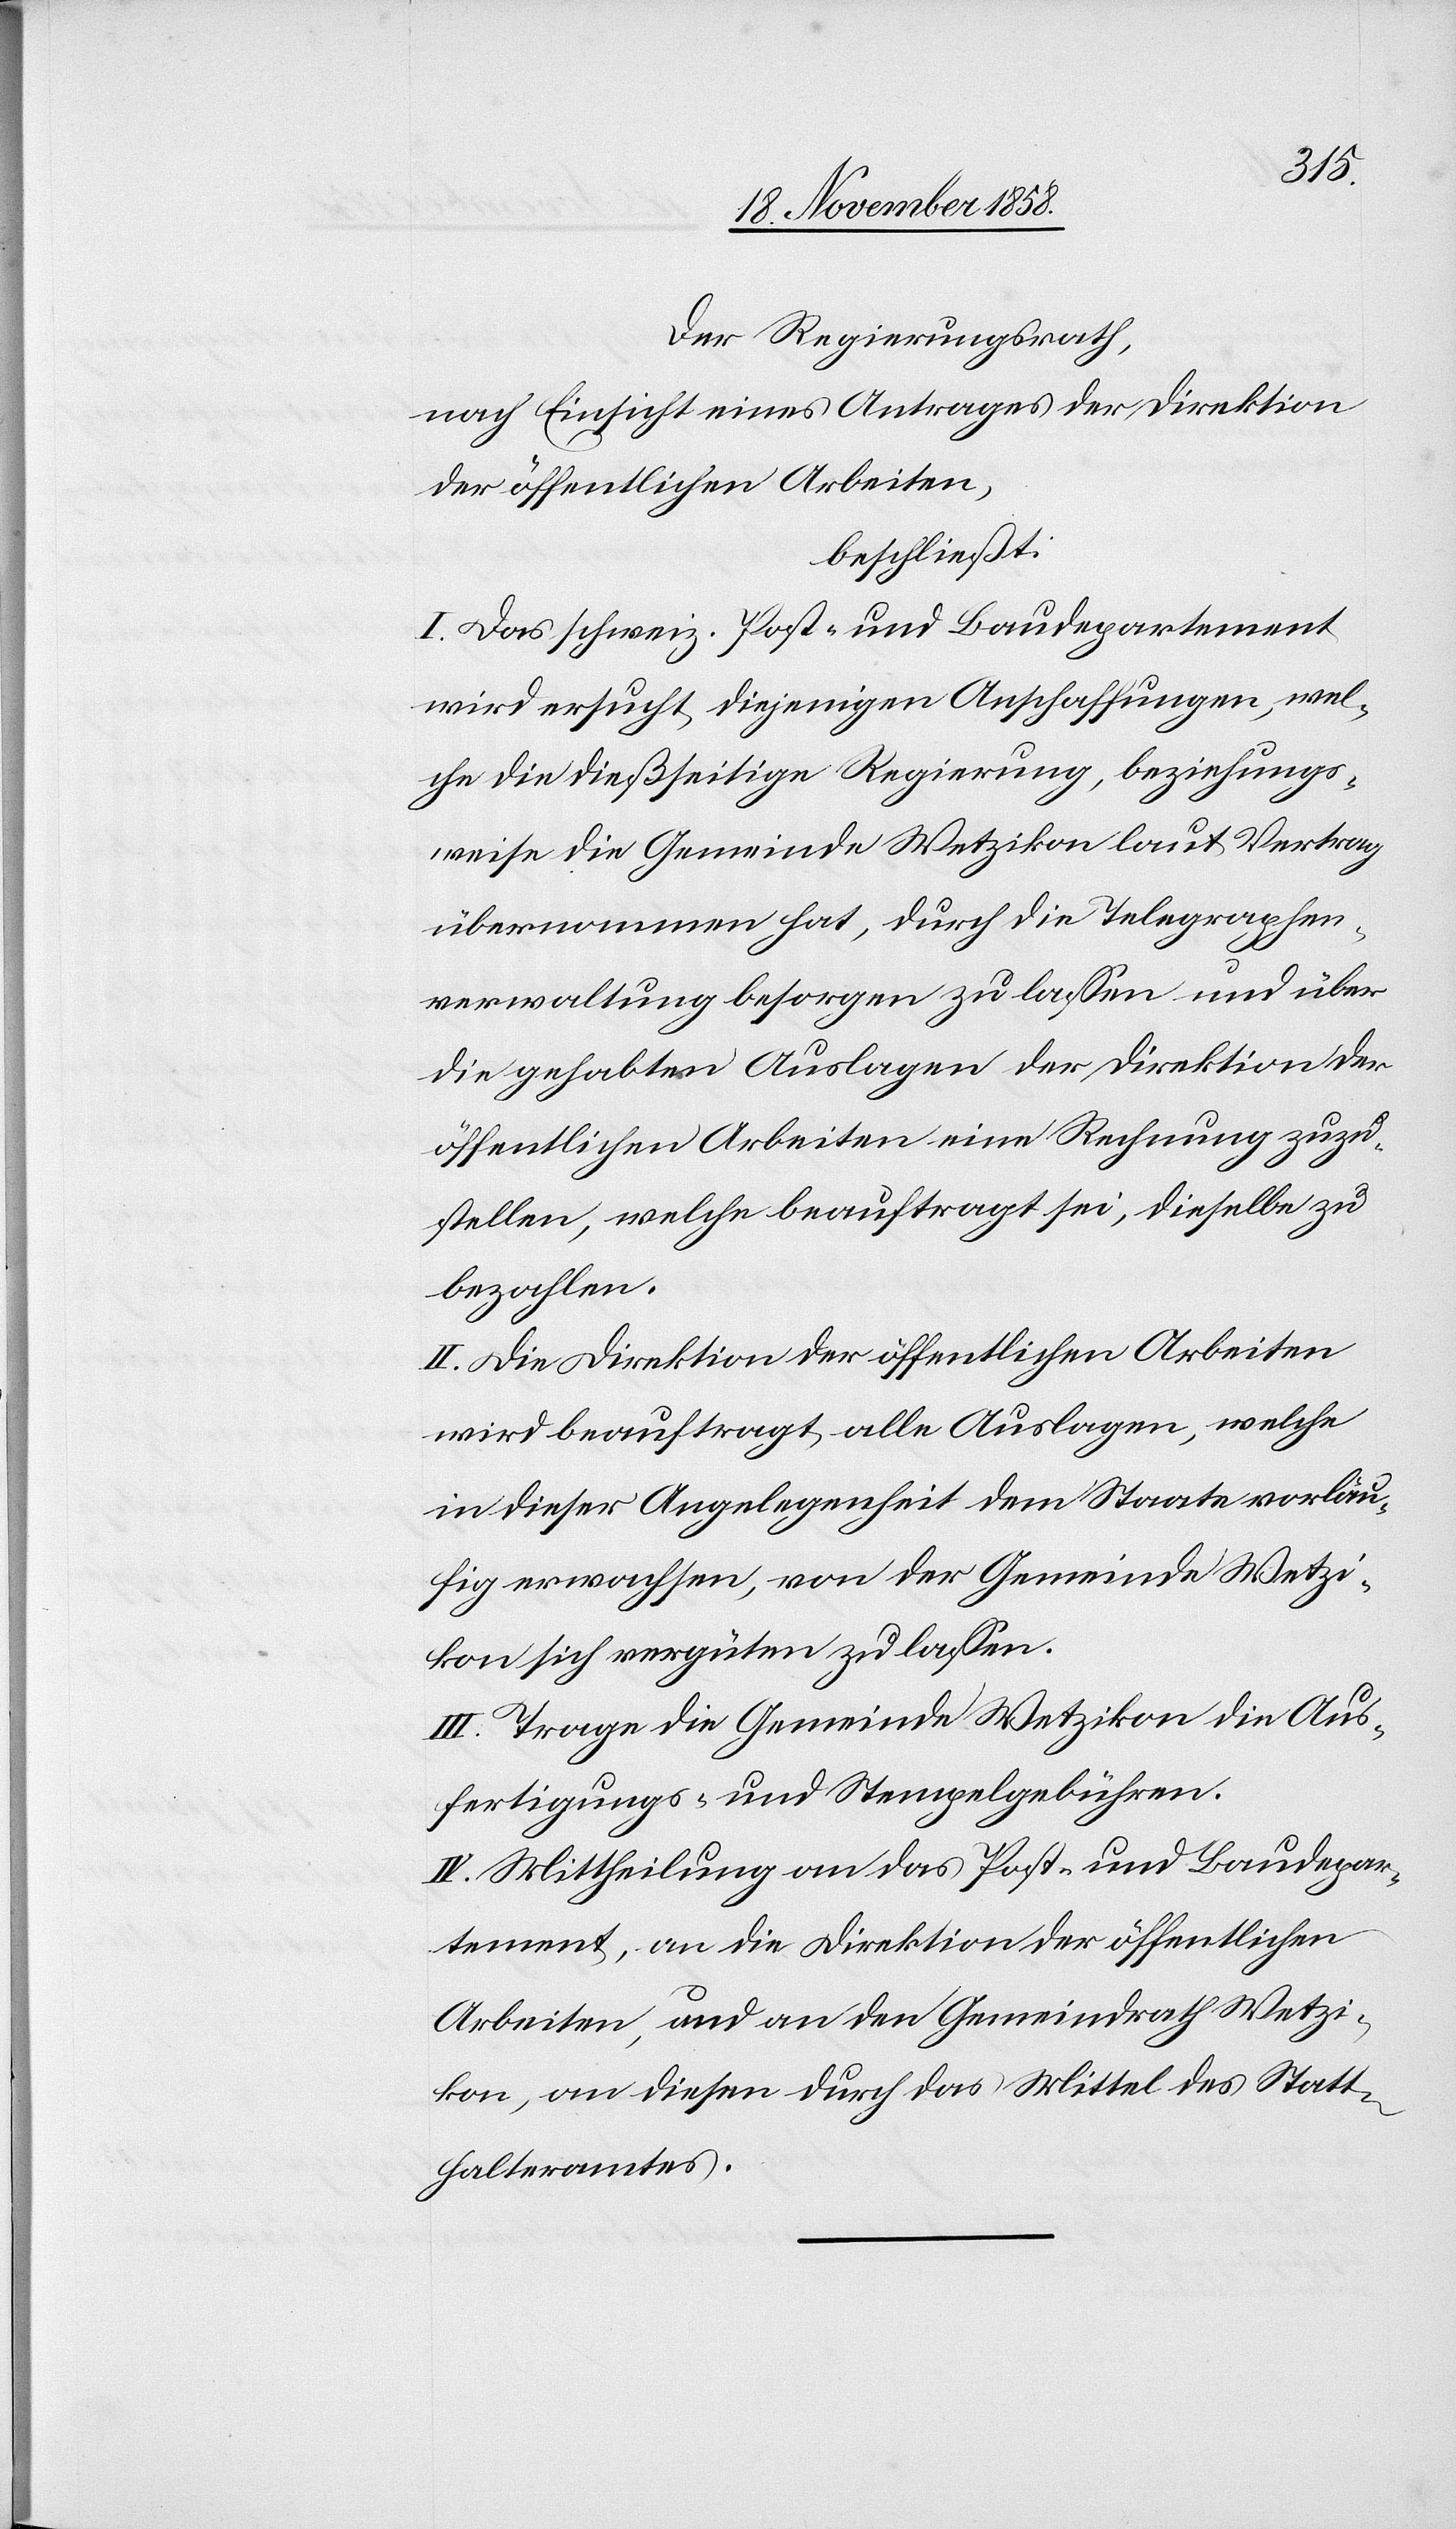
Der Regierungsrath,
nach Einsicht eines Antrages der Direktion
der öffentlichen Arbeiten,
beschließt:
I. Das schweiz. Post- und Baudepartement
wird ersucht, diejenigen Anschaffungen, wel¬
che die dießseitige Regierung, beziehungs¬
weise die Gemeinde Wetzikon laut Vertrag
übernommen hat, durch die Telegraphen¬
verwaltung besorgen zu lassen und über
die gehabten Auslagen der Direktion der
öffentlichen Arbeiten eine Rechnung zuzu¬
stellen, welche beauftragt sei, dieselbe zu
bezahlen.
II. Die Direktion der öffentlichen Arbeiten
wird beauftragt, alle Auslagen, welche
in dieser Angelegenheit dem Staate vorläu¬
fig erwachsen, von der Gemeinde Wetzi¬
kon sich vergüten zu lassen.
III. Trage die Gemeinde Wetzikon die Aus¬
fertigungs- und Stempelgebühren.
IV. Mittheilung an das Post- und Baudepar¬
tement, an die Direktion der öffentlichen
Arbeiten, und an den Gemeindrath Wetzi¬
kon, an diesen durch das Mittel des Statt¬
halteramtes.